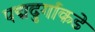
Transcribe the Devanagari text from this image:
पद्मदुर्गाकडे